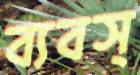
ব্যবস্